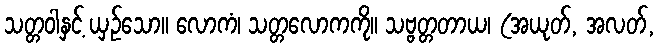
သတ္တဝါနှင့် ယှဉ်သော။ လောကံ၊ သတ္တလောကကို။ သဗ္ဗတ္တတာယ၊ (အယုတ်, အလတ်,